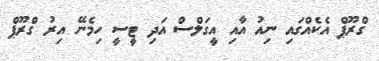
ގްރޫޕް އެކެއްގައި ނިއު އާއި އީގަލްސް އަދި ޓީސީ ހިމެނޭ އިރު ގްރޫޕް